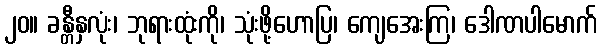
၂၀။ ခန္တီနှလုံး၊ ဘုရားထုံးကို၊ သုံးဖို့ဟောပြ၊ ကျေအေးကြ၊ ဒေါဏပါမောက်